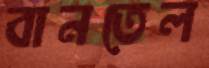
বানতেল